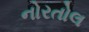
નોરતોલ